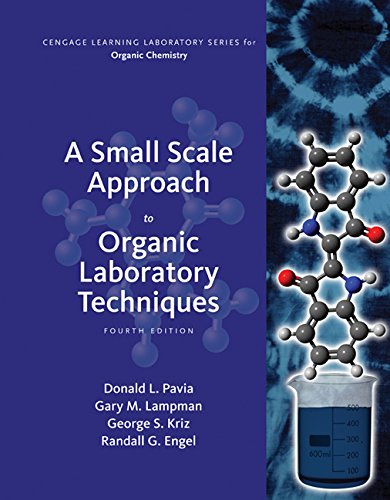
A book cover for A Small Scale Approach to Organic Laboratory Techniques; Donald L. Pavia; Science & Math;